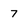
Character: 7